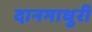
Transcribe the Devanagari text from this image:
दानमाधुरी